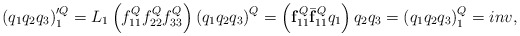
\begin{align*}\left(q_{1}q_{2}q_{3} \right)'^{Q}_{1}=L_{1}\left( f^{Q}_{11} f^{Q}_{22} f^{Q}_{33} \right)\left( q_{1}q_{2}q_{3} \right)^{Q}=\left({\bf f}^{Q}_{11}\bar{{\bf f}}^{Q}_{11}q_{1} \right)q_{2}q_{3}=\left( q_{1}q_{2}q_{3} \right)^{Q}_{1}=inv,\end{align*}